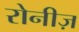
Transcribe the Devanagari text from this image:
रोनीज़